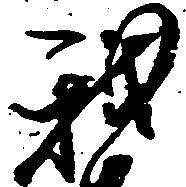
我